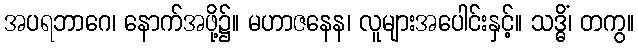
အပရဘာဂေ၊ နောက်အဖို့၌။ မဟာဇနေန၊ လူများအပေါင်းနှင့်။ သဒ္ဓိံ၊ တကွ။